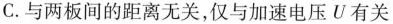
C.与两板间的距离无关，仅与加速电压U有关